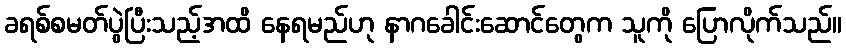
ခရစ်စမတ်ပွဲပြီးသည့်အထိ နေရမည်ဟု နာဂခေါင်းဆောင်တွေက သူကို ပြောလိုက်သည်။